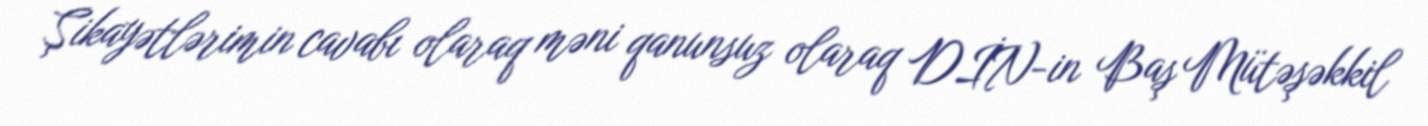
Şikayətlərimin cavabı olaraq məni qanunsuz olaraq DİN-in Baş Mütəşəkkil